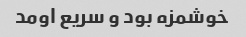
خوشمزه بود و سریع اومد